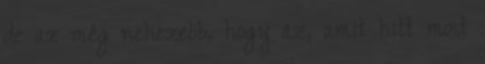
de az még nehezebb, hogy az, amit hitt most